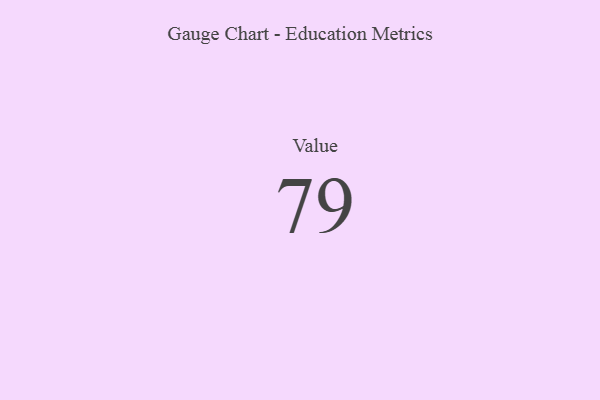
{"axis": {"x": "Metric", "y": "Value"}, "legend": [""], "data": [{"x": "Value", "y": 79, "type": ""}]}